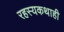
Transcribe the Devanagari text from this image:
रहस्यकथाही